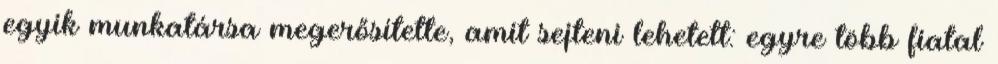
egyik munkatársa megerősítette, amit sejteni lehetett: egyre több fiatal